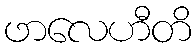
ဖာလေဟီတိ